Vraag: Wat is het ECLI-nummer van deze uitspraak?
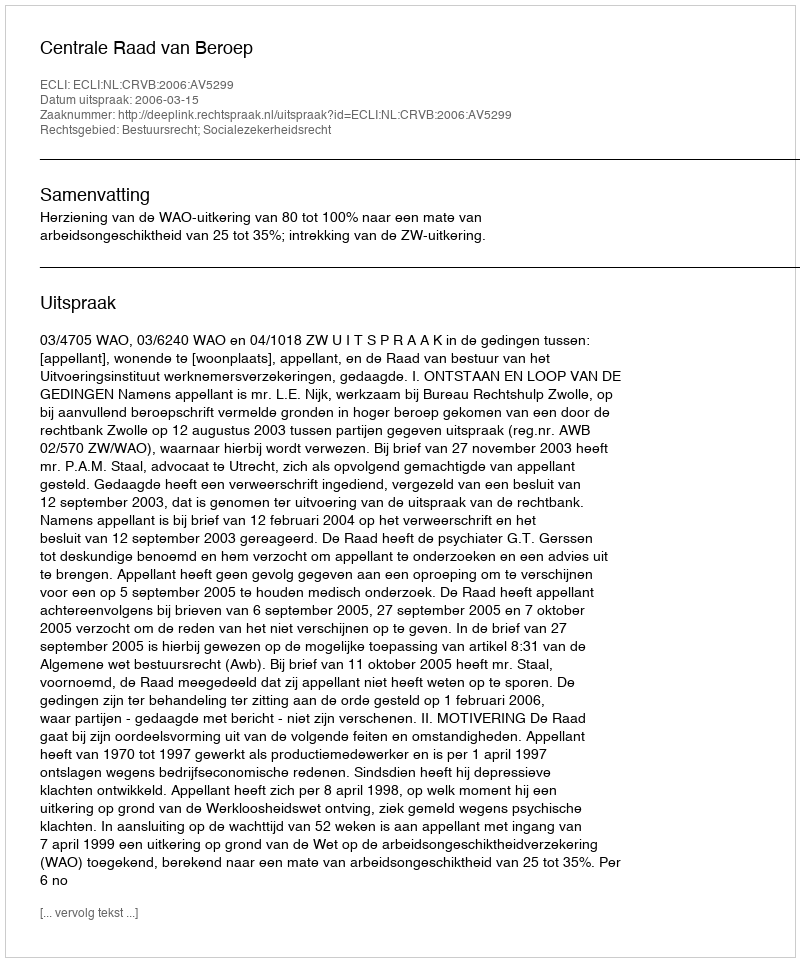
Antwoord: ECLI:NL:CRVB:2006:AV5299